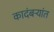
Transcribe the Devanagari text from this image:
कादंबऱ्यांत